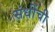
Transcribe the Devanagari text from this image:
संधींची